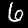
Label: 6